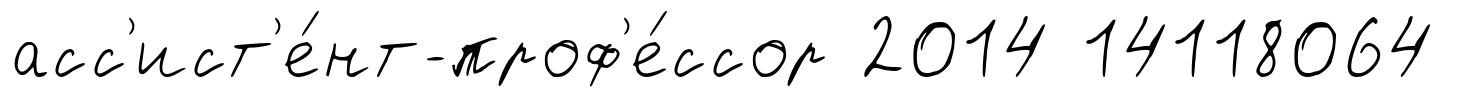
асс'ист'е́нт-проф'е́ссор 2014 14118064